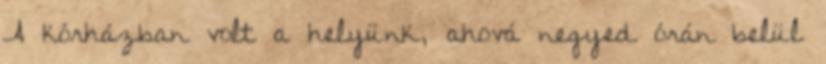
A kórházban volt a helyünk, ahová negyed órán belül